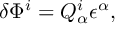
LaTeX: \delta \Phi ^ { i } = Q _ { \alpha } ^ { i } \epsilon ^ { \alpha } ,